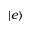
| e \rangle